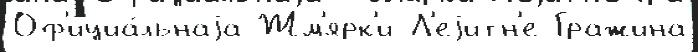
Оф'ициа́льнаjа Жм'ярк'и Л'еjитн'е Гражина